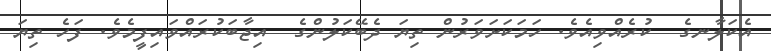
އެކަލާނގެ  ކުރެއްވިއެވެ. ހަމަކަށަވަރުން ތިޔަ ދެބޭކަލުންގެ  އިޖާބަކުރައްވައިފީމެވެ. ފަހެ ތިޔަ